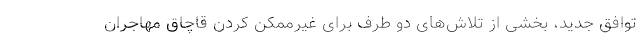
توافق جدید، بخشی از تلاش‌های دو طرف برای غیرممکن کردن قاچاق مهاجران